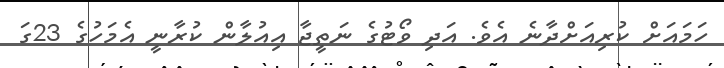
ހަމައަށް ކުރިއަށްދާނެ އެވެ. އަދި ވޯޓުގެ ނަތީޖާ އިއުލާން ކުރާނީ އެމަހުގެ 23ގަ